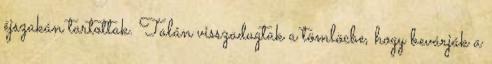
éjszakán tartottak. Talán visszadugtak a tömlöcbe, hogy bevárják a